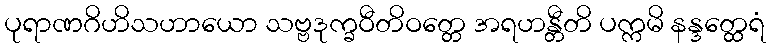
ပုရာဏဂိဟိသဟာယော သဗ္ဗဒုက္ခဝီတိဝတ္တေ အရဟန္တီတိ ပက္ကမိ နန္ဒတ္ထေရံ